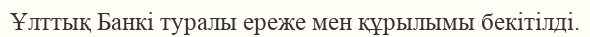
Ұлттық Банкі туралы ереже мен құрылымы бекітілді.